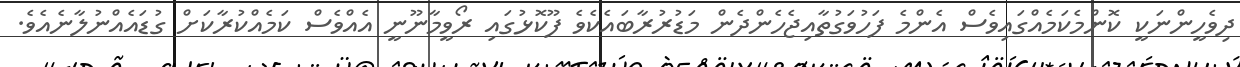
ދިވެހީންނަކީ ކޮންމެކަމެއްގައިވެސް އެންމެ ފަހުވަގުތާއިޖެހެންދެން މަޑުރުރާބައެކެވެ ފޫކޮޅުގައި ރޯވީމާނޫނީ އެއްވެސް ކަމެއްކުރާކަށް ގުޑައެއްނުލާނެއެވެ.